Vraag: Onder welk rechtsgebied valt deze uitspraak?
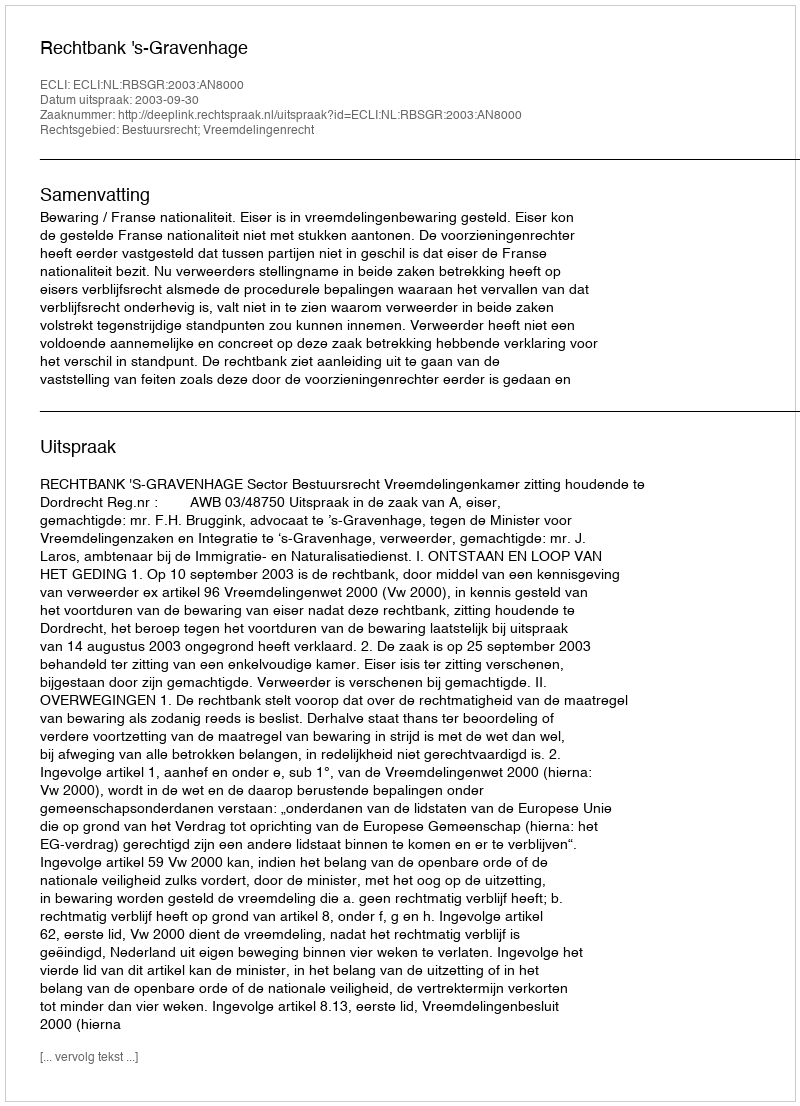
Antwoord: Bestuursrecht; Vreemdelingenrecht